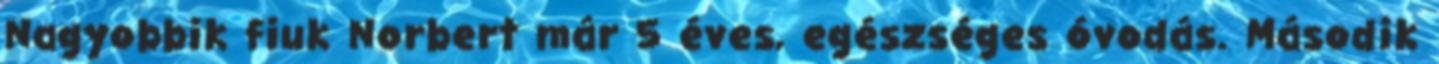
Nagyobbik fiuk Norbert már 5 éves, egészséges óvodás. Második